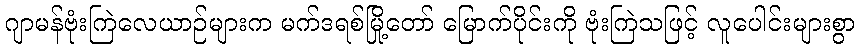
ဂျာမန်ဗုံးကြဲလေယာဉ်များက မက်ဒရစ်မြို့တော် မြောက်ပိုင်းကို ဗုံးကြဲသဖြင့် လူပေါင်းများစွာ